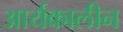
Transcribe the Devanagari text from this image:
आर्यकालीन